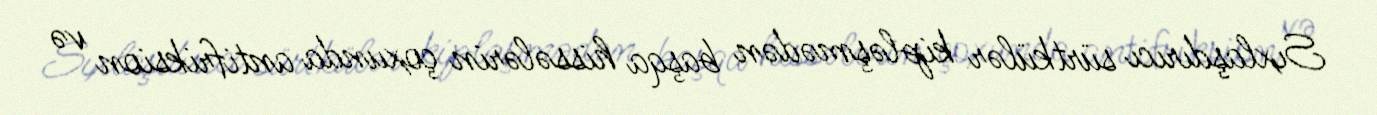
Sıxlaşdırıcı sürtkülər kipləşmədən başqa hissələrin çoxunda antifriksion və